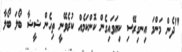
"ދެން މަންމަ އިނގިރޭސި ކިޔަވައިގެން ކޮންކަމެއް ކުރެވޭނީ ތިހެން ޝީޝާ ބޯލަ ބޯލާ